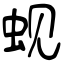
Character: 蚬